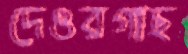
দেওরগাছ